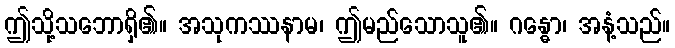
ဤသို့သဘောရှိ၏။ အသုကဿနာမ၊ ဤမည်သောသူ၏။ ဂန္ဓော၊ အနံ့သည်။